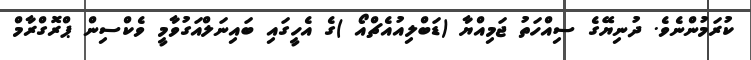
ކުރަމުންނެވެ. ދުނިޔޭގެ ސިއްހަތު ޖަމިއްޔާ (ޑަބްލިއުއެޗްއޯ )ގެ އެހީގައި ބައިނަލްއަގުވާމީ ވެކްސިން ޕްރޮގްރާމް